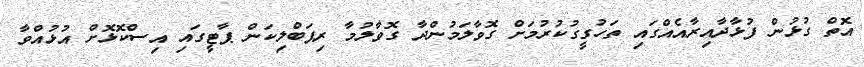
އޮތް ގުޅުން ފުޅާދާއިރާއެއްގައި ތަހުގީގުކުރުމަށް ގޮވާލަމުންދާ ގޮވާލުމާ ރިޕަބްލިކަން ޕާޓީގައި އިސްކޮޅޮށް އުޅުއްވާ